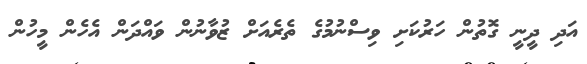
އަދި ދީނީ ގޮތުން ހަރުކަށި ވިސްނުމުގެ ތެރެއަށް ޒުވާނުން ވައްދަން އެހެން މީހުން